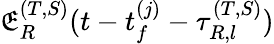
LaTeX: \mathfrak{E}_{R}^{(T,S)}(t-t_{f}^{(j)}-\tau_{R,l}^{(T,S)})